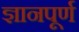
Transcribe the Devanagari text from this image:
ज्ञानपूर्ण